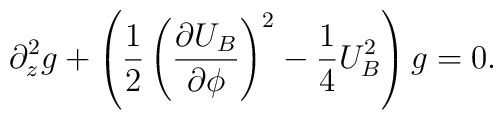
\partial_z^2 g+\left(\frac{1}{2}\left(\frac{\partial U_B}{\partial\phi}\right)^2 - \frac{1}{4}U_B^2\right)g = 0.